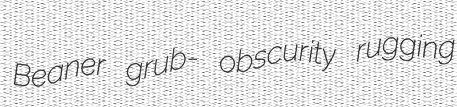
Beaner grub- obscurity rugging